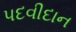
પદવીદાન